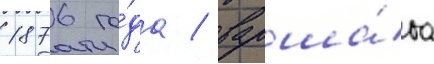
1876 го́да / варша́ва